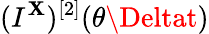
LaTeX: (I^{\mathbf{X}})^{[2]}(\theta\Deltat)